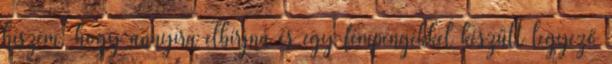
hiszem, hogy annyira elbírjná és egy fémpengékkel készült legyező